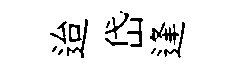
迨岱逢